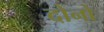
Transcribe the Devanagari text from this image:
दोनों